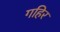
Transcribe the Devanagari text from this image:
गहिर